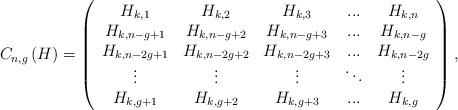
LaTeX: \begin{align*}C_{n,g}\left( H\right) =\left( \begin{array}{ccccc}H_{k,1} & H_{k,2} & H_{k,3} & ... & H_{k,n} \\ H_{k,n-g+1} & H_{k,n-g+2} & H_{k,n-g+3} & ... & H_{k,n-g} \\ H_{k,n-2g+1} & H_{k,n-2g+2} & H_{k,n-2g+3} & ... & H_{k,n-2g} \\ \vdots & \vdots & \vdots & \ddots & \vdots \\ H_{k,g+1} & H_{k,g+2} & H_{k,g+3} & ... & H_{k,g}\end{array}\right) , \end{align*}